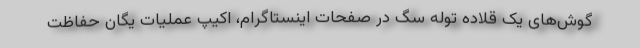
گوش‌های یک قلاده توله سگ در صفحات اینستاگرام، اکیپ عملیات یگان حفاظت